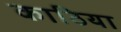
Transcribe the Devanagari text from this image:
काठिया